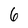
Character: 6